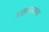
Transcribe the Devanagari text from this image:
असम्बध्धता